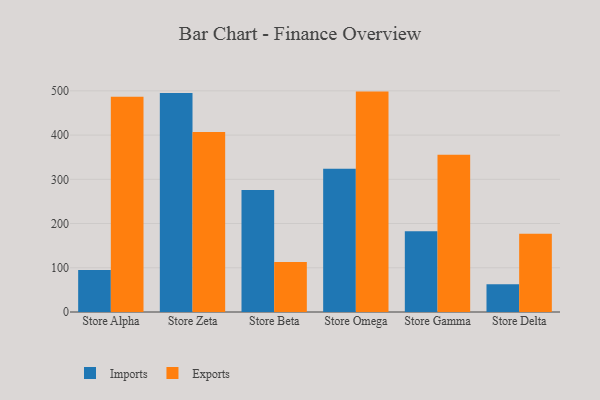
{"axis": {"x": "Store", "y": "Bounce Rate (%)"}, "legend": ["Exports", "Imports"], "data": [{"x": "Store Alpha", "y": 95.0, "type": "Imports"}, {"x": "Store Alpha", "y": 486.5, "type": "Exports"}, {"x": "Store Zeta", "y": 495.3, "type": "Imports"}, {"x": "Store Zeta", "y": 406.9, "type": "Exports"}, {"x": "Store Beta", "y": 275.9, "type": "Imports"}, {"x": "Store Beta", "y": 112.8, "type": "Exports"}, {"x": "Store Omega", "y": 324.1, "type": "Imports"}, {"x": "Store Omega", "y": 498.3, "type": "Exports"}, {"x": "Store Gamma", "y": 182.3, "type": "Imports"}, {"x": "Store Gamma", "y": 355.7, "type": "Exports"}, {"x": "Store Delta", "y": 62.5, "type": "Imports"}, {"x": "Store Delta", "y": 176.7, "type": "Exports"}]}